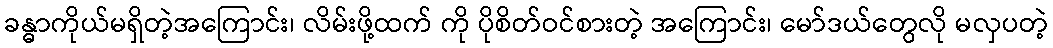
ခန္ဓာကိုယ်မရှိတဲ့အကြောင်း၊ လိမ်းဖို့ထက် ကို ပိုစိတ်ဝင်စားတဲ့ အကြောင်း၊ မော်ဒယ်တွေလို မလှပတဲ့